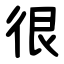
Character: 很